Civil Veterinary Dept. Bombay admin report 1932-41 - 1932-1941
Year: 1932
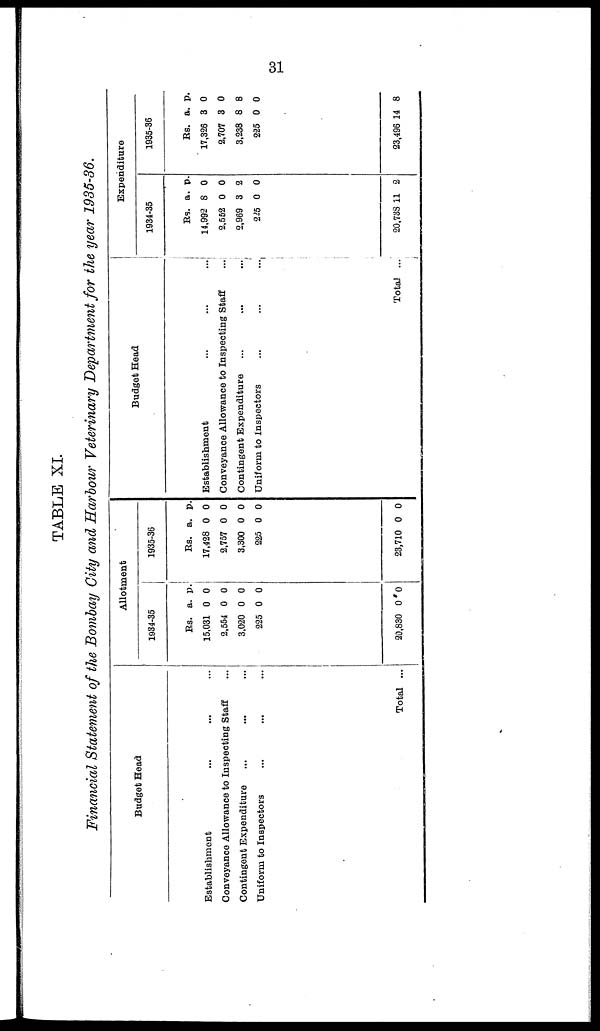
31
TABLE
XI.
Financial Statement of the Bombay City and Harbour Veterinary Department for the year 1935-36.
Budget Head
Establishment ... ... ...
Conveyance Allowance to Inspecting Staff ...
Contingent Expenditure
... ... ...
Uniform to Inspectors ... ... ...
Total ...
Allotment
1934-35
Rs.
15,031
2,554
3,020
225
20,830
a.
0
0
0
0
0
p.
0
0
0
0
0
1935-36
Rs.
17,428
2,757
3,300
225
23,710
a.
0
0
0
0
0
p.
0
0
0
0
0
Budget Head
Establishment ... ... ...
Conveyance Allowance to Inspecting Staff
...
Contingent Expenditure ...
...
...
Uniform to Inspectors ... ... ...
Total ...
Expenditure
1934-35
Rs.
14,992
2,552
2,969
225
20,738
a.
8
0
3
0
11
p.
0
0
2
0
2
1935-36
Rs.
17,326
2,707
3,238
225
23,496
a.
3
3
8
0
14
p.
0
0
8
0
8